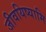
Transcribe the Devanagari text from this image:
जीवयिष्यामि